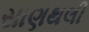
સાણથલી